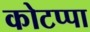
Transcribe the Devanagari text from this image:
कोटप्‍पा